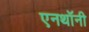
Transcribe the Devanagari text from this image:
एनथॉनी